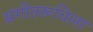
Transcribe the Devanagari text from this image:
संगीतरूचिला